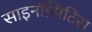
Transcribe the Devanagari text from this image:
साइनॉसिटिस